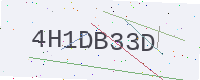
Text: 4H1DB33D